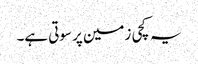
یہ کچی زمین پر سوتی ہے۔